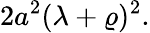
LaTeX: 2a^{2}(\lambda+\varrho)^{2}.